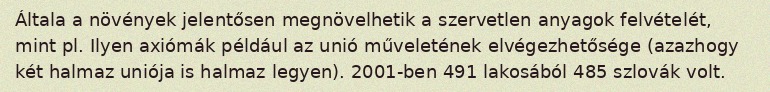
Általa a növények jelentősen megnövelhetik a szervetlen anyagok felvételét, mint pl. Ilyen axiómák például az unió műveletének elvégezhetősége (azazhogy két halmaz uniója is halmaz legyen). 2001-ben 491 lakosából 485 szlovák volt.